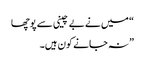
“ میں نے بے چینی سے پوچھا
” نہ جانے کون ہیں۔